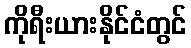
ကိုရီးယားနိုင်ငံတွင်